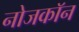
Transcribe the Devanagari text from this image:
नोजकाॅन